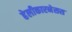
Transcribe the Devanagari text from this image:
हेलीकारनेसस